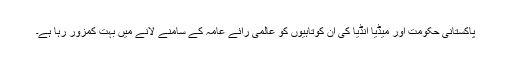
پاکستانی حکومت اور میڈیا انڈیا کی ان کوتاہیوں کو عالمی رائے عامہ کے سامنے لانے میں بہت کمزور رہا ہے۔